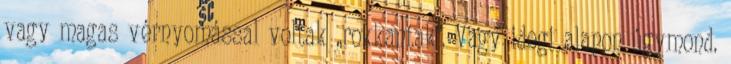
vagy magas vérnyomással voltak „rokkantak”. Vagy idegi alapon úgymond.